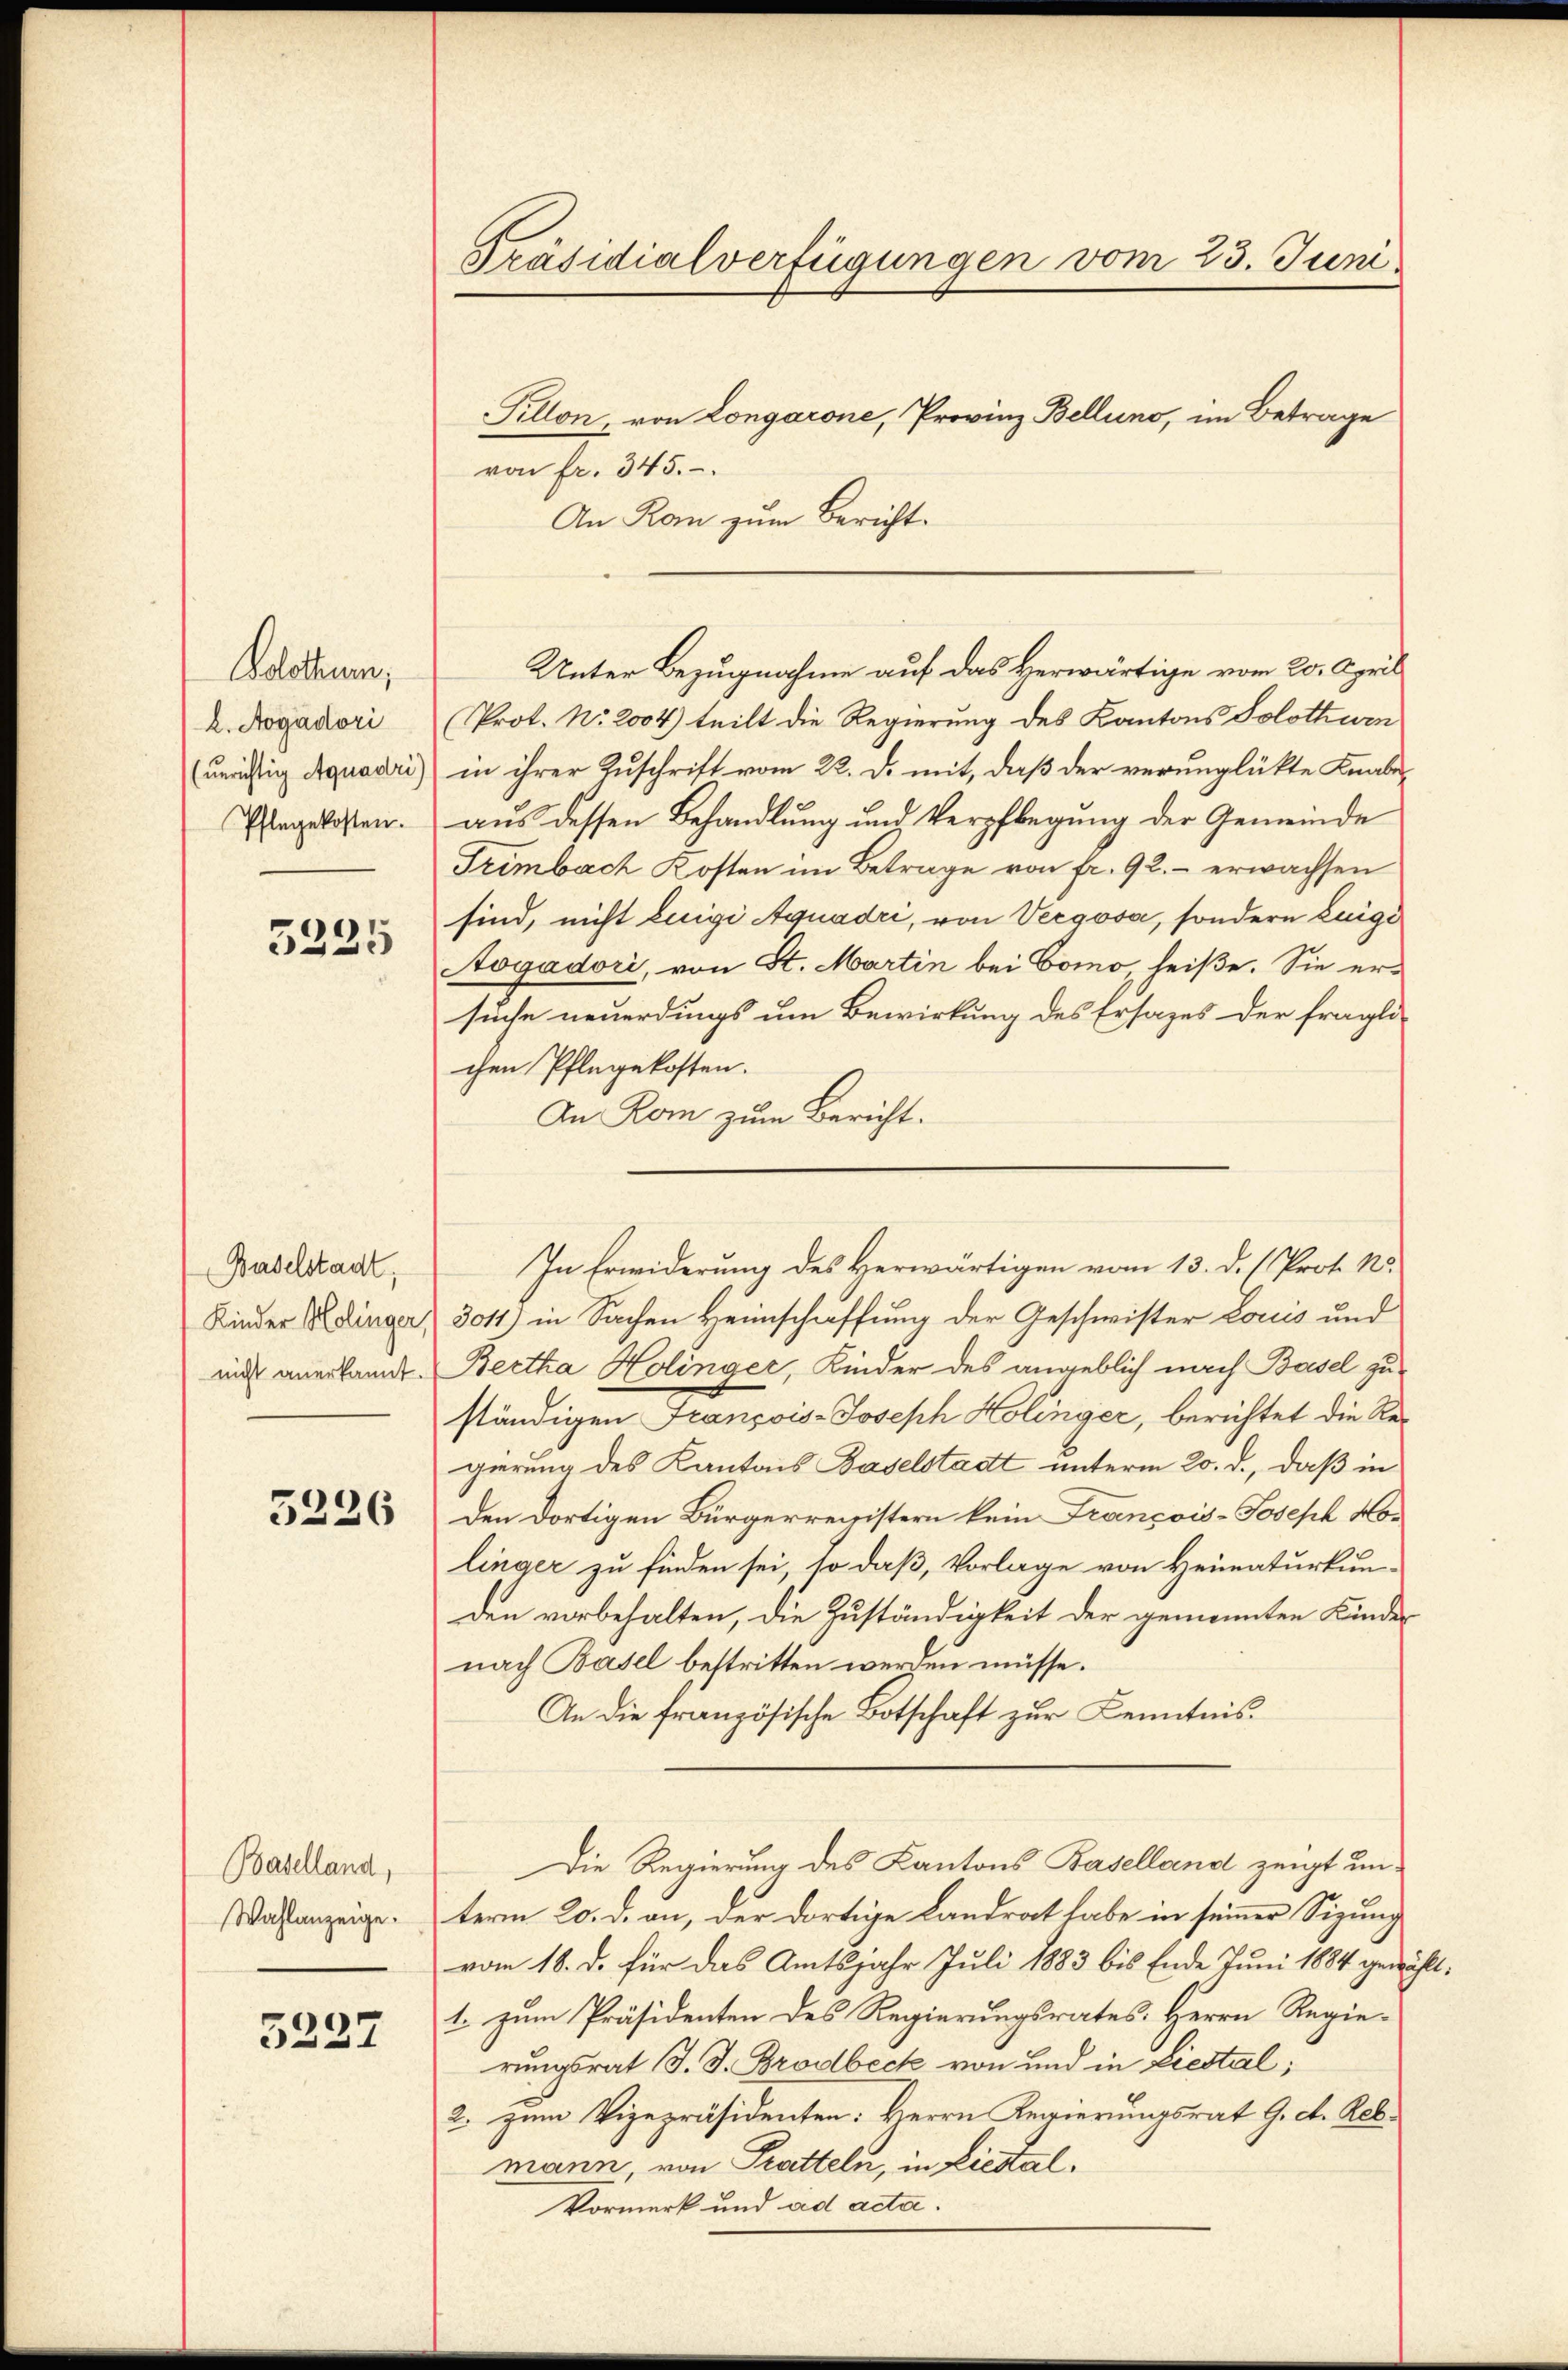
Wolothurn,
L. Aogádori
(unrichtig Aquadri)
Pflegekosten.

5225

Baselstadt,

5226

Baselland,
Wahlanzeige.

5227

Präsidialverfügungen vom 23. Juni
Pillon, von Longárone, Provinz Bellino, im Betrage
von fr. 345.

An Kan zum Bericht.
Prot. No. 2004) teilt die Regierung des Kantons Solothurn
in ihrer Zuschrift vom 22. d. mit, daß der verunglükte Knabeaus dessen Behandlung und Verpflegung der Gemeinde
Trimbach Kosten im Betrage von fr. 92. erwachsen
sind, nicht Luigi Aquadri, von Vergosa, sondern Luigi
Aogadori, von St. Martin bei Como, heiße. Sie ersuche neuerdings um Bewirkung des Ersazes der fragli-
chen Pflegekosten.
An Rom zum Bericht.
Kinder K. Dinger, 3011) in Sachen Heimschaffung der Geschwister Louis und
nicht anerkannt. Bertha Holinger, Kinder des angeblich nach Basel zu-
ständigen François-Joseph Holinger, berichtet die Regierung des Kantons Baselstadt unterm 20. d., daß in
den dortigen Bürgerrentistern kein François-Joseph Mor
linger zu finden sei, so daß, Vorlage von Heimaturkun-
den vorbehalten, die Zuständigkeit der gemeinten Kinder
nach Basel bestritten werden müsse.
An die französische Botschaft zur Kenntnis.
Die Regierung des Kantons Baselland zeigt unterm 20. d. an, der dortige Landrat habe in seiner Sizung
vom 18. d. für das Amtsjahr Juli 1883 bis Ende Juni 1884 gewählt:
1. zum Präsidenten des Regierungsrates Herrn Regie-
rungsrat J. J. Brodbeck von und in Liestal;
2. zum Vizepräsidenten: Herrn Regierungsrat G. c. Reb-
mann, von Pratteln, in Liestal¬
Vormerk und ad acta.

Unter Bezugnahme auf das Herwärtige vom 20. April

In Erwiderung des Herwärtigen vom 13. d. ( Prof. No.